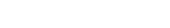
٤٨